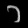
Digit: ၁